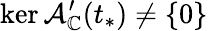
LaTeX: \ker\mathcal{A}_{\mathbb{C}}^{\prime}(t_{*})\neq\{ 0\}